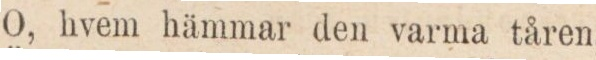
O, hvem hämmar den varma tåren,